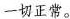
一切正常。